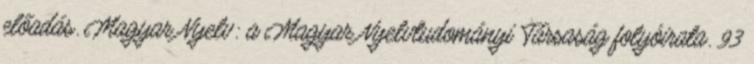
előadás. Magyar Nyelv: a Magyar Nyelvtudományi Társaság folyóirata. 93